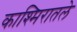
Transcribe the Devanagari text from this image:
काश्मिरातले